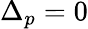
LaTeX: \Delta_{p}=0